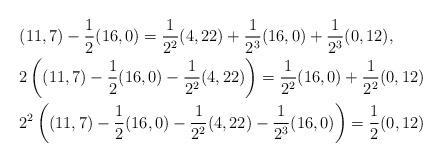
LaTeX: \begin{align*}& (11,7) - \frac{1}{2}(16,0) = \frac{1}{2^2}(4,22) + \frac{1}{2^3}(16,0) + \frac{1}{2^3}(0,12),\\& 2\left((11,7) - \frac{1}{2}(16,0) - \frac{1}{2^2}(4,22)\right) = \frac{1}{2^2}(16,0) + \frac{1}{2^2}(0,12)\\& 2^2\left((11,7) - \frac{1}{2}(16,0) - \frac{1}{2^2}(4,22) - \frac{1}{2^3}(16,0)\right) = \frac{1}{2}(0,12)\end{align*}